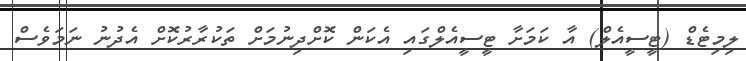
ލިމިޓެޑް (ޓީސީއެލް) އާ ކަމަށާ ޓީސީއެލްގައި އެކަން ކޮށްދިނުމަށް ތަކުރާރުކޮށް އެދުނު ނަމަވެސް